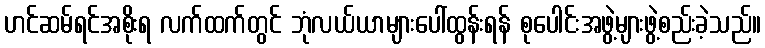
ဟင်ဆမ်ရင်အစိုးရ လက်ထက်တွင် ဘုံလယ်ယာများပေါ်ထွန်းရန် စုပေါင်းအဖွဲ့များဖွဲ့စည်းခဲ့သည်။